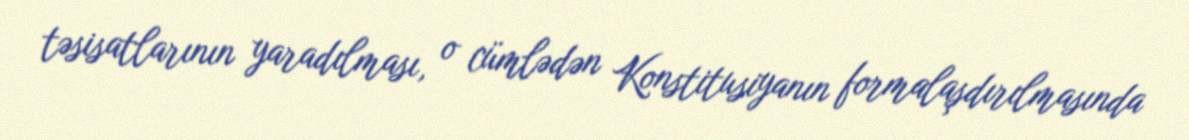
təsisatlarının yaradılması, o cümlədən Konstitusiyanın formalaşdırılmasında